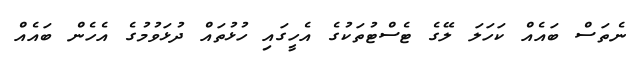
ނެތަސް ބައެއް ކަހަލަ ލޭގެ ޓެސްޓުތަކުގެ އެހީގައި ހުޅުތައް ދުޅަވުމުގެ އެހެން ބައެއް